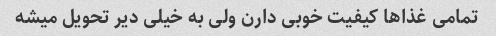
تمامی غذاها کیفیت خوبی دارن ولی به خیلی دیر تحویل میشه